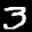
Label: 3